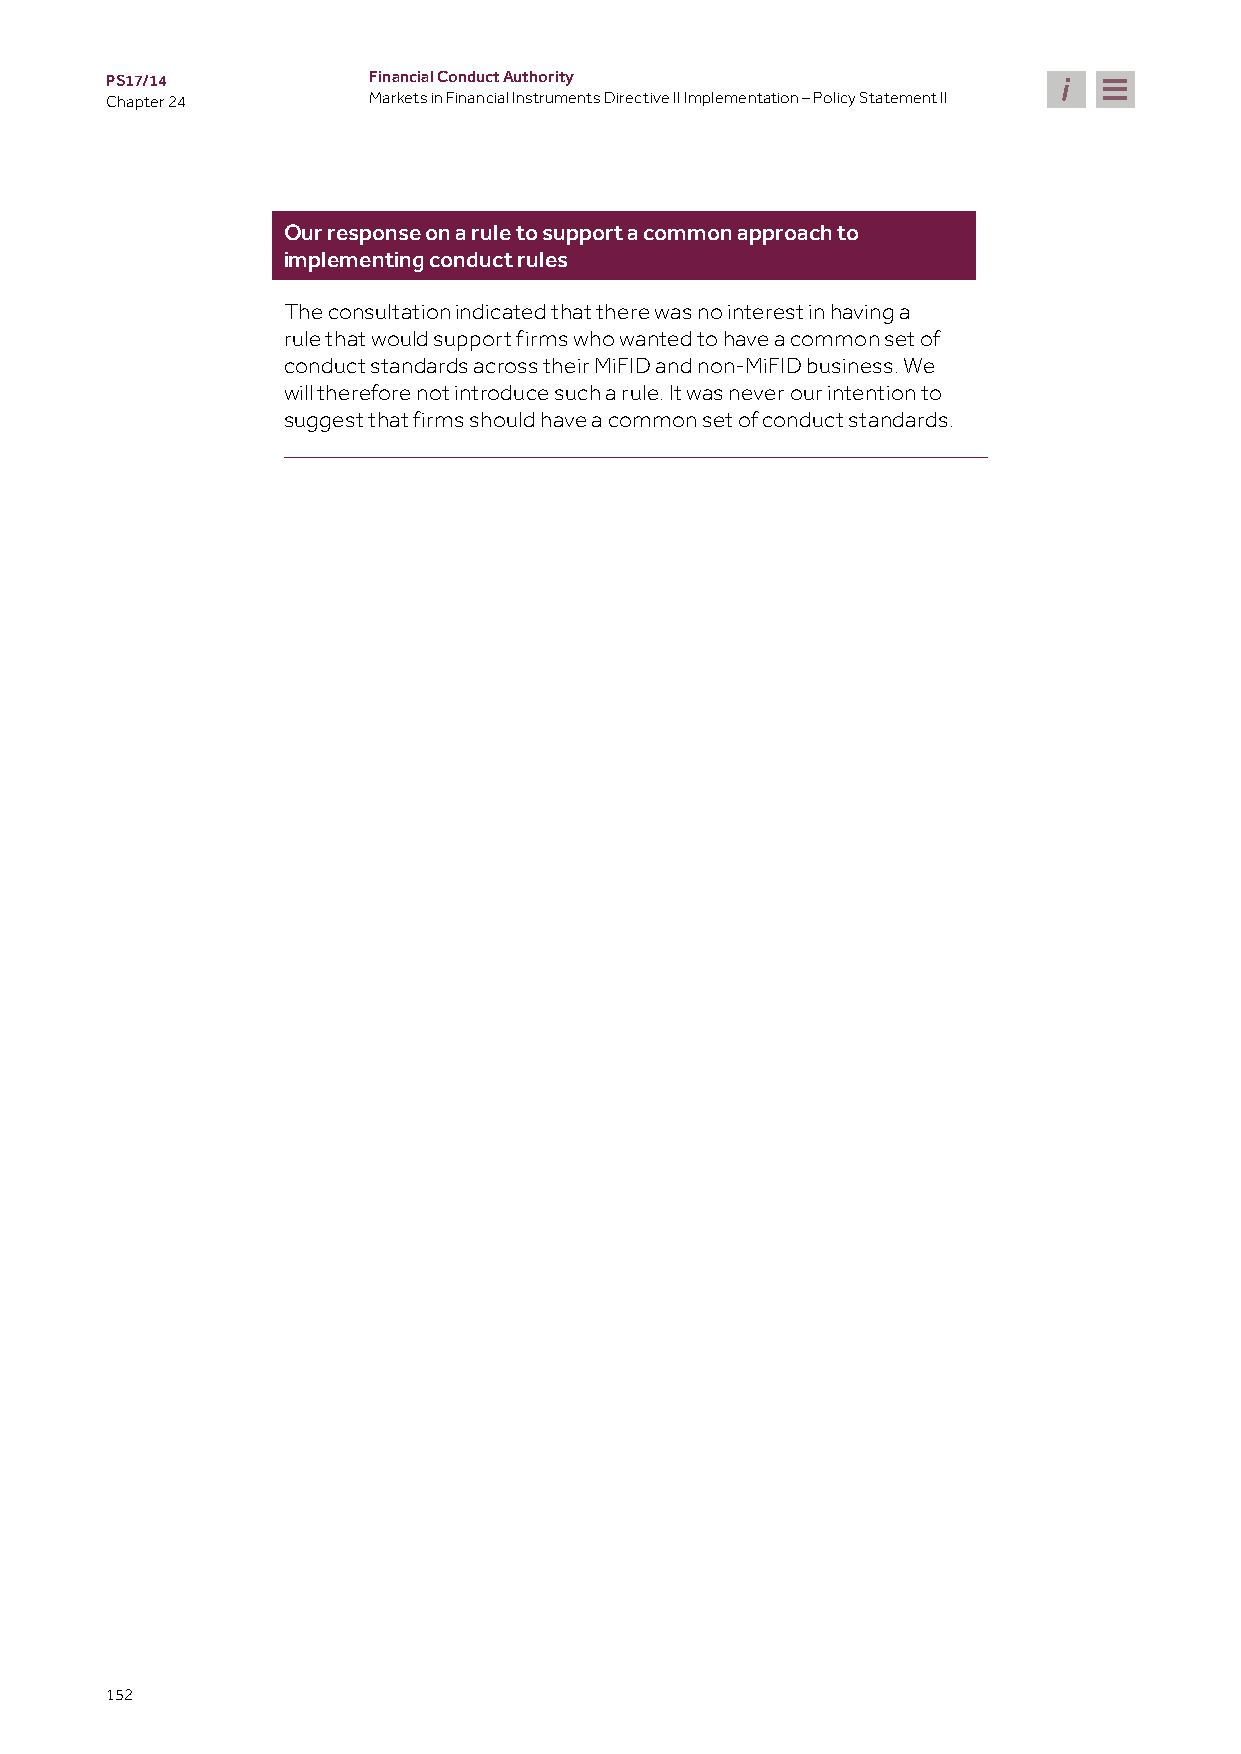
PS17/14          Financial Conduct Authority
 Chapter 24       Markets in Financial Instruments Directive II Implementation – Policy Statement II
 Our response on a rule to support a common approach to
 implementing conduct rules
 The consultation indicated that there was no interest in having a
 rule that would support firms who wanted to have a common set of
 conduct standards across their MiFID and non-MiFID business. We
 will therefore not introduce such a rule. It was never our intention to
 suggest that firms should have a common set of conduct standards.
 152